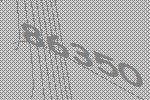
86350